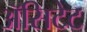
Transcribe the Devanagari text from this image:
ॲसिटेट